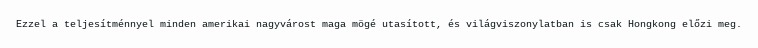
Ezzel a teljesítménnyel minden amerikai nagyvárost maga mögé utasított, és világviszonylatban is csak Hongkong előzi meg.